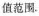
值范围。